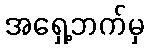
အရှေ့ဘက်မှ